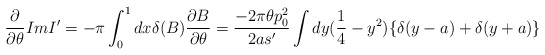
\begin{align*}\frac{\partial }{\partial \theta }ImI'=-\pi \int ^{1}_{0}dx\delta (B)\frac{\partial B}{\partial \theta }=\frac{-2\pi \theta p^{2}_{0}}{2as'}\int dy(\frac{1}{4}-y^{2})\{\delta (y-a)+\delta (y+a)\}\end{align*}